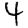
Digit: 4